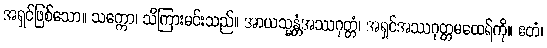
အရှင်ဖြစ်သော။ သက္ကော၊ သိကြားမင်းသည်။ အာယသ္မန္တံအဿဂုတ္တံ၊ အရှင်အဿဂုတ္တမထေရ်ကို။ ဧတံ၊